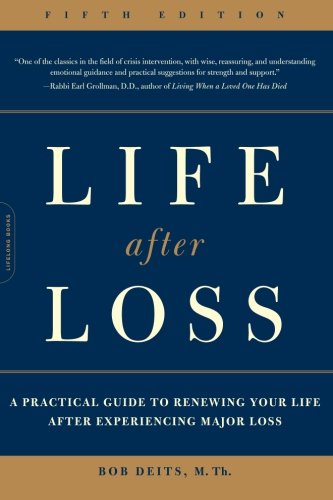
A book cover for Life after Loss: A Practical Guide to Renewing Your Life after Experiencing Major Loss; Bob Deits; Self-Help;